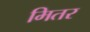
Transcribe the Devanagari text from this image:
मितर